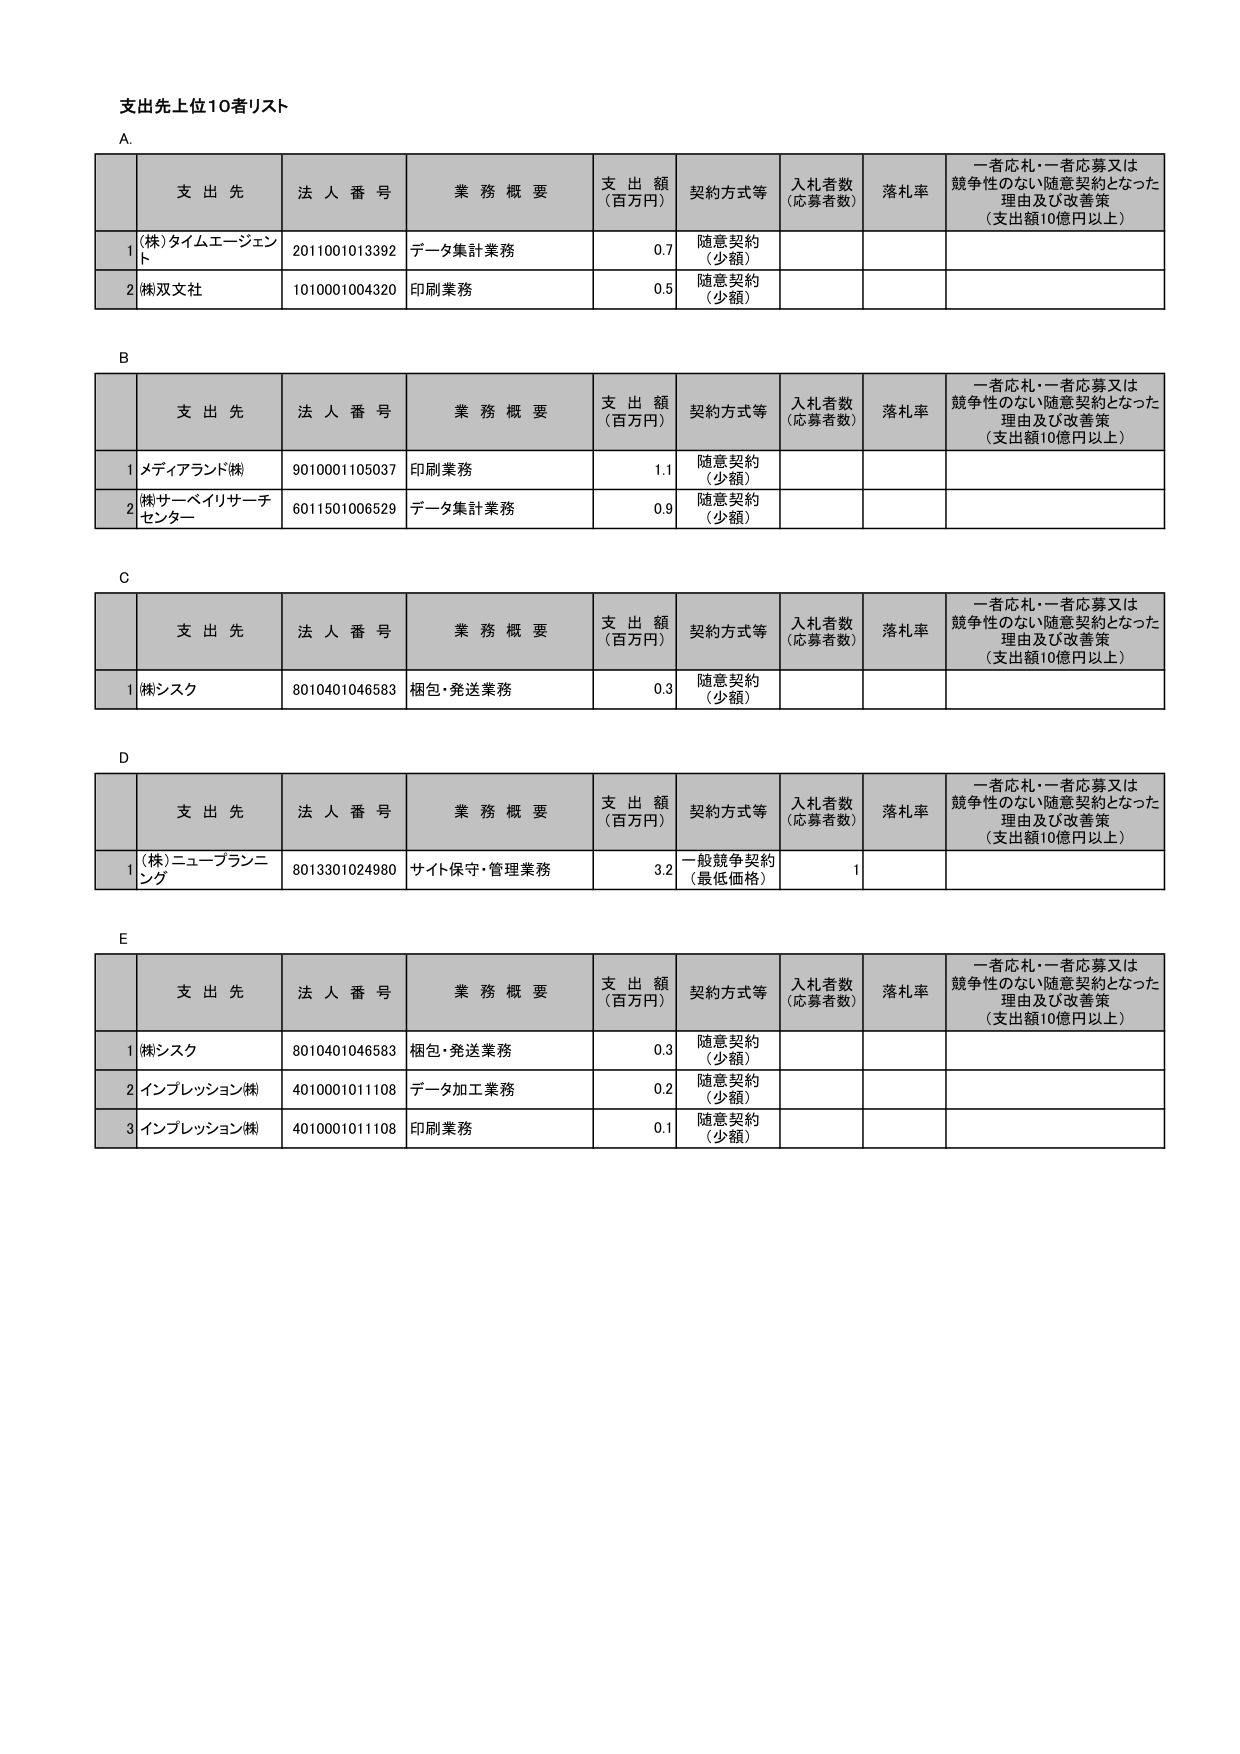
支出先上位10者リスト

A.
支 出 先 法 人 番 号 業 務 概 要 支 出 額 （百万円） 契約方式等 入札者数 （応募者数） 落札率 一者応札・一者応募又は 競争性のない随意契約となった 理由及び改善策 （支出額10億円以上）
1 (株)タイムエージェント 2011001013392 データ集計業務 0.7 随意契約 （少額）
2 (株)双文社 1010001004320 印刷業務 0.5 随意契約 （少額）

B.
支 出 先 法 人 番 号 業 務 概 要 支 出 額 （百万円） 契約方式等 入札者数 （応募者数） 落札率 一者応札・一者応募又は 競争性のない随意契約となった 理由及び改善策 （支出額10億円以上）
1 メディアランド(株) 9010001105037 印刷業務 1.1 随意契約 （少額）
2 (株)サーベイリサーチ センター 6011501006529 データ集計業務 0.9 随意契約 （少額）

C.
支 出 先 法 人 番 号 業 務 概 要 支 出 額 （百万円） 契約方式等 入札者数 （応募者数） 落札率 一者応札・一者応募又は 競争性のない随意契約となった 理由及び改善策 （支出額10億円以上）
1 (株)シスク 8010401046583 梱包・発送業務 0.3 随意契約 （少額）

D.
支 出 先 法 人 番 号 業 務 概 要 支 出 額 （百万円） 契約方式等 入札者数 （応募者数） 落札率 一者応札・一者応募又は 競争性のない随意契約となった 理由及び改善策 （支出額10億円以上）
1 (株)ニュープランニング 8013301024980 サイト保守・管理業務 3.2 一般競争契約 （最低価格） 1

E.
支 出 先 法 人 番 号 業 務 概 要 支 出 額 （百万円） 契約方式等 入札者数 （応募者数） 落札率 一者応札・一者応募又は 競争性のない随意契約となった 理由及び改善策 （支出額10億円以上）
1 (株)シスク 8010401046583 梱包・発送業務 0.3 随意契約 （少額）
2 インプレッション(株) 4010001011108 データ加工業務 0.2 随意契約 （少額）
3 インプレッション(株) 4010001011108 印刷業務 0.1 随意契約 （少額）